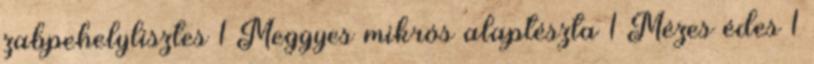
zabpehelylisztes 1 Meggyes mikrós alaptészta 1 Mézes édes 1